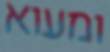
ומעוא